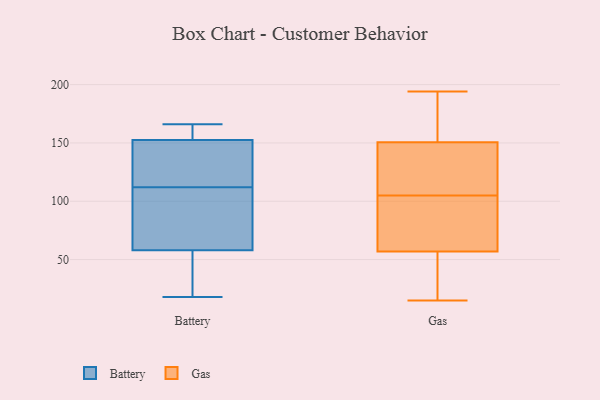
{"axis": {"x": "Revenue (USD Million)", "y": "Value"}, "legend": ["Battery", "Gas"], "data": [{"x": "", "y": 80, "type": "Battery"}, {"x": "", "y": 105, "type": "Battery"}, {"x": "", "y": 115, "type": "Battery"}, {"x": "", "y": 160, "type": "Battery"}, {"x": "", "y": 18, "type": "Battery"}, {"x": "", "y": 166, "type": "Battery"}, {"x": "", "y": 109, "type": "Battery"}, {"x": "", "y": 152, "type": "Battery"}, {"x": "", "y": 153, "type": "Battery"}, {"x": "", "y": 26, "type": "Battery"}, {"x": "", "y": 119, "type": "Battery"}, {"x": "", "y": 36, "type": "Battery"}, {"x": "", "y": 132, "type": "Gas"}, {"x": "", "y": 65, "type": "Gas"}, {"x": "", "y": 194, "type": "Gas"}, {"x": "", "y": 52, "type": "Gas"}, {"x": "", "y": 35, "type": "Gas"}, {"x": "", "y": 71, "type": "Gas"}, {"x": "", "y": 104, "type": "Gas"}, {"x": "", "y": 140, "type": "Gas"}, {"x": "", "y": 185, "type": "Gas"}, {"x": "", "y": 21, "type": "Gas"}, {"x": "", "y": 166, "type": "Gas"}, {"x": "", "y": 186, "type": "Gas"}, {"x": "", "y": 15, "type": "Gas"}, {"x": "", "y": 153, "type": "Gas"}, {"x": "", "y": 106, "type": "Gas"}, {"x": "", "y": 137, "type": "Gas"}, {"x": "", "y": 82, "type": "Gas"}, {"x": "", "y": 148, "type": "Gas"}, {"x": "", "y": 62, "type": "Gas"}, {"x": "", "y": 37, "type": "Gas"}]}